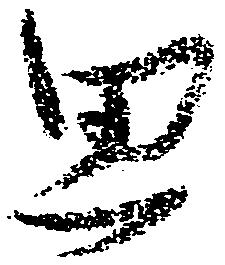
思